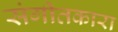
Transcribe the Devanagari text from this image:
संगीतकारा